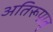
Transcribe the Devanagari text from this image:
अतिरूपात्